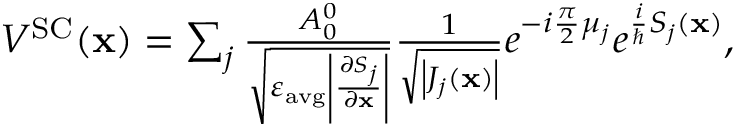
\begin{array} { r } { V ^ { \mathrm { S C } } ( \mathbf { x } ) = \sum _ { j } \frac { A _ { 0 } ^ { 0 } } { \sqrt { \varepsilon _ { \mathrm { a v g } } \left| \frac { \partial S _ { j } } { \partial \mathbf { x } } \right| } } \frac { 1 } { \sqrt { \left| J _ { j } ( \mathbf { x } ) \right| } } e ^ { - i \frac { \pi } { 2 } \mu _ { j } } e ^ { \frac { i } { \hbar } S _ { j } ( \mathbf { x } ) } , } \end{array}